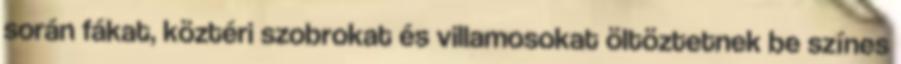
során fákat, köztéri szobrokat és villamosokat öltöztetnek be színes